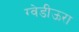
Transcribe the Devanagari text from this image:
ग्वेडीऊरा